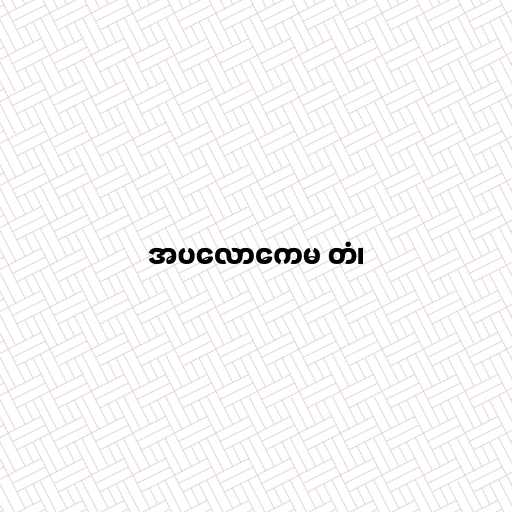
အပလောကေမ တံ၊